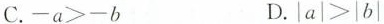
C.$$- a > - b$$ D.$$| a | > | b |$$